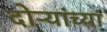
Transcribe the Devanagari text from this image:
दोऱ्यांच्या